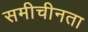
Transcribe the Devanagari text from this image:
समीचीनता